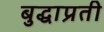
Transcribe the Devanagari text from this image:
बुद्धाप्रती